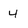
Character: 4